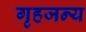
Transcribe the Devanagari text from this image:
गृहजन्य